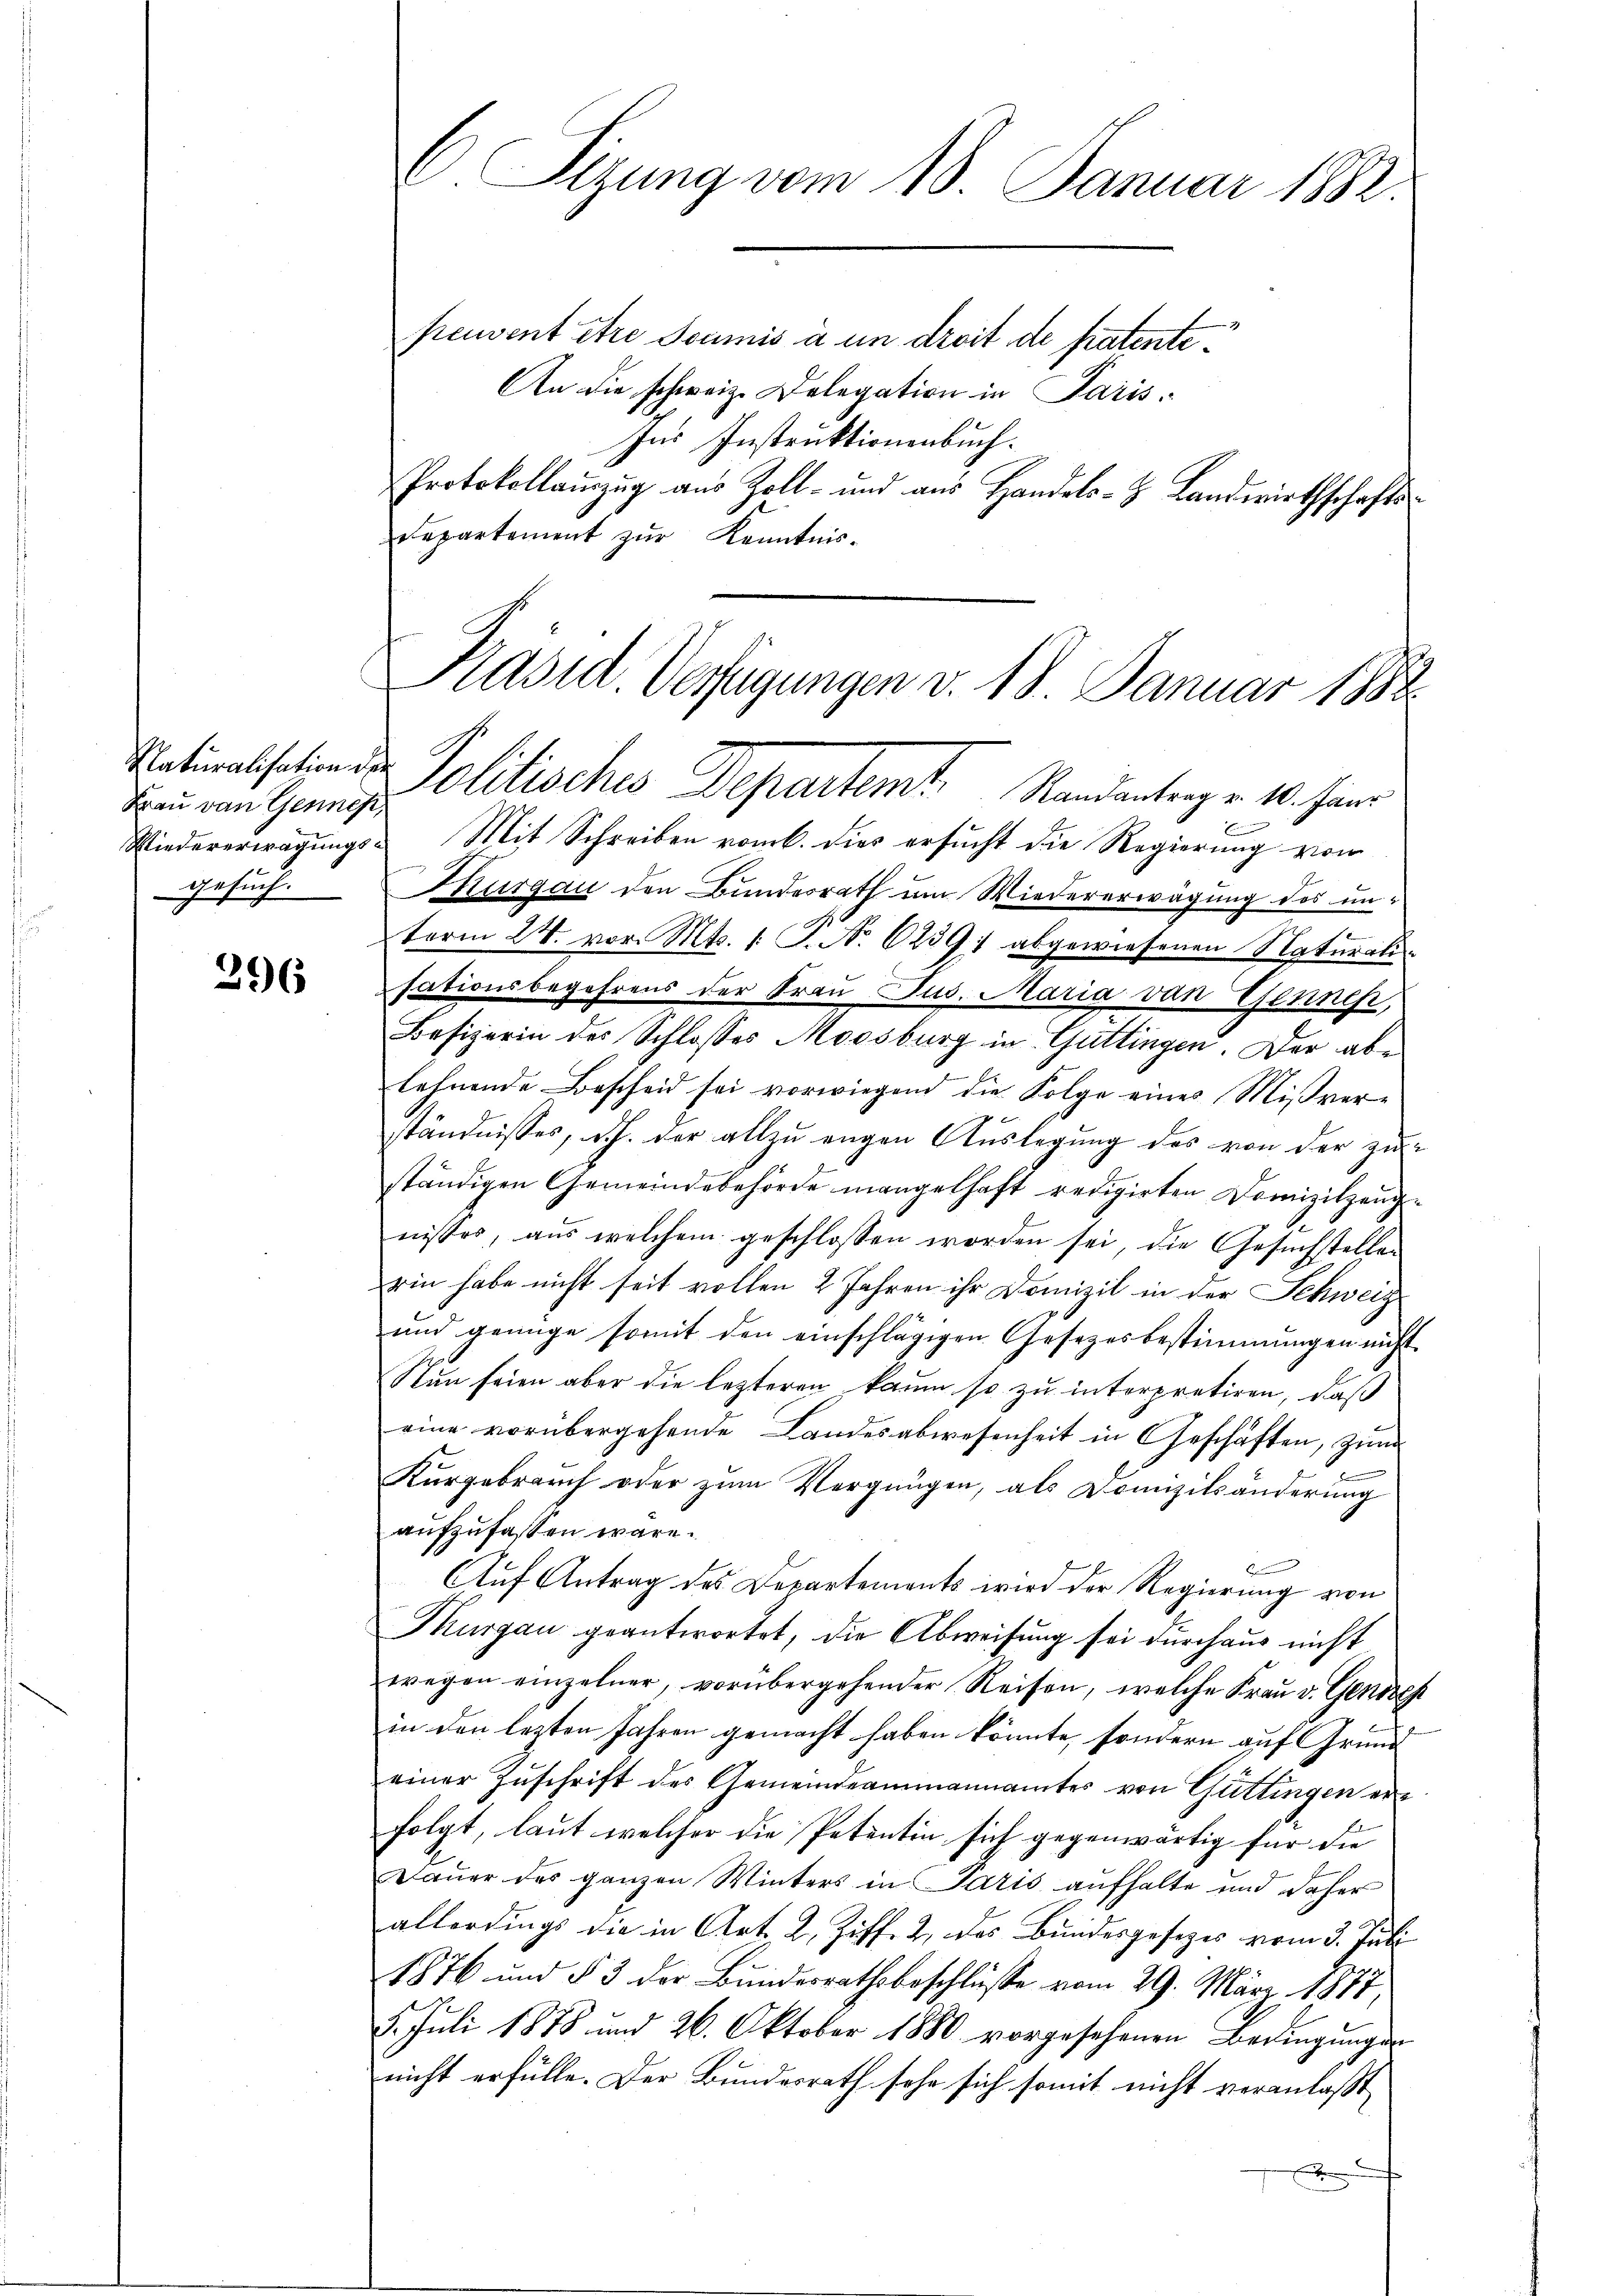
Frau von Gennen,
gesuch.

396

Sizung vom 18. Januar 1882.

peuvent être soumis à un droit de patente¬
An die schweiz. Delegation in Paris.
Ins Instruktionenbuch.
Protokollanzug aus Zoll- und aus Handels-H. Landwirthschafts-
Departement zur Kenntnis-

Nationalisation der Politisches Departemt. Randantrag v. 10. Janr
E
Niedererwägungs- Mit Schreiben vom k. dies ersucht die Regierung vom
Thurgau den Bundesrath um Wiedererwägung des unterm 24. vor. Mts. 1. P. No 6239; abgewiesenen Naturalisationsbegehrens der Frau Jus. Maria von Gennes,
Besizerin des Schlosses Moosburg in Guttingen. Der ablehnende Bescheid sei vorwiegend die Folge eines Mißverständnisses, d.h. der allzu engen Auslegung des von der zuständigen Gemeindebehörde mangelhaft redigirten Domizilzenge
nisses, aus welchem geschlossen worden sei, die Gesuchstellen
rin habe nicht seit vollen 2 Jahren ihr Domizil in der Schweiz
und genüge somit den einschlägigen Gesetzesbestimmungen nicht
Nun seien aber die lezteren kaum so zu interpretiren, daß
eine vorübergehende Landesabwesenheit in Geschäften, zum
Kurgebrauch oder zum Vergnügen, als Domizilsänderung
aufzufassen wäre.
Auf Antrag des Departements wird der Regierung von
Thurgau geantwortet, die Abweisung sei durchaus nicht
wegen einzelner, vorübergehender Reisen, welche Frau v. Geneh
in den lezten Jahren gemacht haben könnte, sondern auf Grundeiner Zŭschrift des Gemeindeammannamter von Güttingen erfolgt, laut welcher die Petentin sich gegenwärtig für die
Dauer des ganzen Winters in Paris aufhalte und daher
allerdings die in Art. 2. Ziff. 2, das Bundesgesezes vom 3. Juli
1876 und § 3 der Bundesrathsbeschlüsse vom 29. März 1877,
8. Juli 1878 und 26. Oktober 1880 vorgesehenen Bedingŭngen
nicht erfülle. Der Bundesrath sehr sich somit nicht veranlaßt
n

Präsid. Verfügungen v. 18. Januar 1882